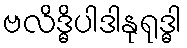
ဗလိဒ္ဓိပါဒါနုရုဒ္ဓါ